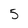
Character: 5